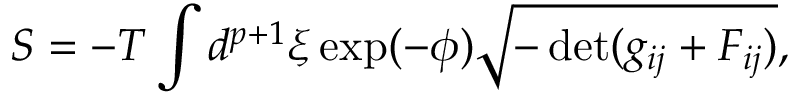
S = - T \int d ^ { p + 1 } \xi \exp ( - \phi ) \sqrt { - \operatorname * { d e t } ( g _ { i j } + { \cal F } _ { i j } ) } ,